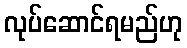
လုပ်ဆောင်ရမည်ဟု